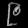
Digit: ၉